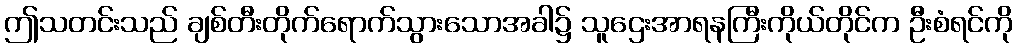
ဤသတင်းသည် ချစ်တီးတိုက်ရောက်သွားသောအခါ၌ သူဌေးအာရနကြီးကိုယ်တိုင်က ဦးစံရင်ကို